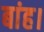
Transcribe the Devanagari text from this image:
बांह।